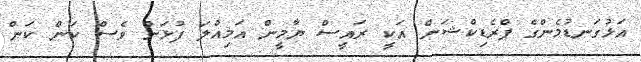
އަޅުގަނޑުމެންގެ ޕްރެޑިކްޝަން އަކީ ރައީސް ޔާމީން އަމިއްލަ ފުޅަށް ވެސް ކަން ކަން